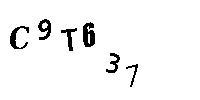
C9T637